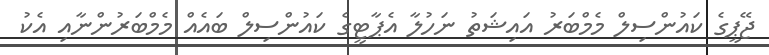
ޖޭޕީގެ ކައުންސިލް މެމްބަރު އައިޝަތު ނަހުލާ އެޕާޓީގެ ކައުންސިލް ބައެއް މެމްބަރުންނާއި އެކު